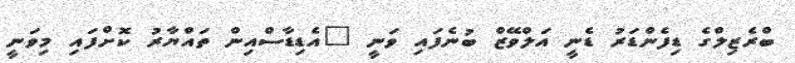
ބްރެޒިލްގެ ޑިފެންޑަރު ޑެނީ އަލްވޭޒް ބުނެފައި ވަނީ "އެޑިޑާސްއިން ތައްޔާރު ކޮށްފައި މިވަނީ